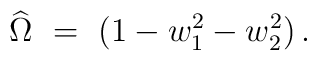
\widehat \Omega  ~=~ (1- w_1^2 -w_2^2) \,.